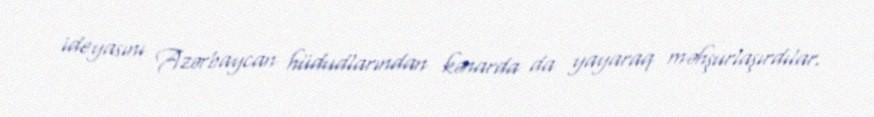
ideyasını Azərbaycan hüdudlarından kənarda da yayaraq məhşurlaşırdılar.